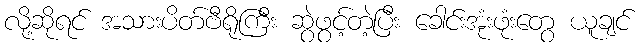
လို့ဆိုရင် အသားပိတ်ဗီရိုကြီး ဆွဲဖွင့်တဲ့ပြီး ခေါင်းအုံးဖုံးတွေ ယူချင်